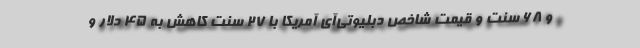
و ۶۸ سنت و قیمت شاخص دبلیوتی‌آی آمریکا با ۲۷ سنت کاهش به ۴۵ دلار و